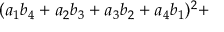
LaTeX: ( a _ { 1 } b _ { 4 } + a _ { 2 } b _ { 3 } + a _ { 3 } b _ { 2 } + a _ { 4 } b _ { 1 } ) ^ { 2 } +